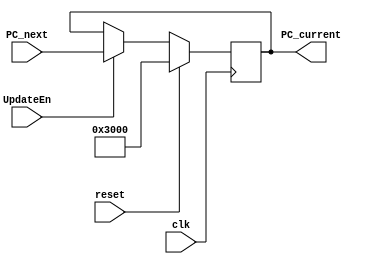
`timescale 1ns / 1ps
`define PC_INIT 32'h0000_3000
module pc(
	clk,reset,PC_current,PC_next,UpdateEn
    );
	input [31:0] PC_next;
	input clk;
	input reset;
	input UpdateEn;
	output reg [31:0] PC_current;

	initial begin
		PC_current <= `PC_INIT;
	end

	always@(posedge clk)begin
		if(reset)begin
			PC_current <= `PC_INIT;
		end
		else if(UpdateEn) begin
			PC_current <= PC_next; 
		end
	end

endmodule